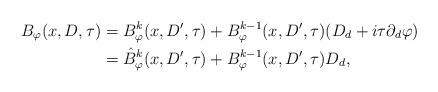
LaTeX: \begin{align*}B_{\varphi}(x,D,\tau) &=B^k_{\varphi}(x, D',\tau)+B^{k-1}_{\varphi}(x,D',\tau)(D_d+i\tau\partial_d\varphi)\\&= \hat{B}^k_{\varphi}(x,D',\tau)+ B^{k-1}_{\varphi}(x,D',\tau)D_d,\end{align*}